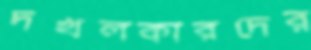
দখলকারদের